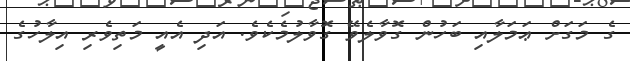
ގެ މަގަށް ޢަމަލާއި ބަހުން ގޮވާލެވޭ ގޮވާލުމެކެވެ. އަދި އެއީ މަތިވެރި އިލާހުގެ